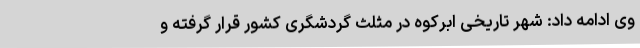
وی ادامه داد: شهر تاریخی ابرکوه در مثلث گردشگری کشور قرار گرفته و